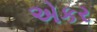
એકર